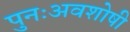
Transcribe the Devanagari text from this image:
पुनःअवशोषी